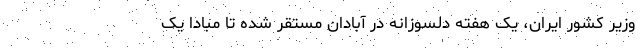
وزیر کشور ایران، یک هفته دلسوزانه در آبادان مستقر شده تا مبادا یک